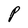
Character: P